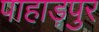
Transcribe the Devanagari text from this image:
पाहाड़पुर